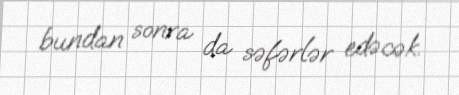
bundan sonra da səfərlər edəcək.